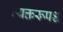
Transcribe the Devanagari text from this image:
व्यक्तरूपश्च